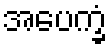
အပေက္ခံ